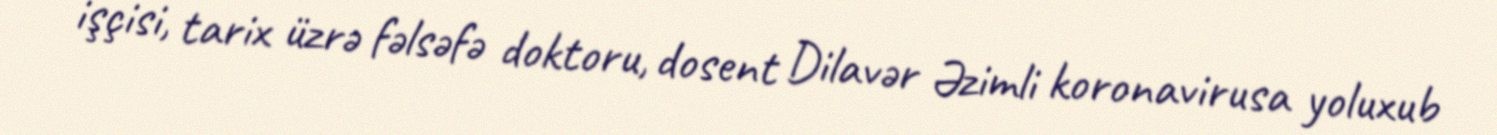
işçisi, tarix üzrə fəlsəfə doktoru, dosent Dilavər Əzimli koronavirusa yoluxub